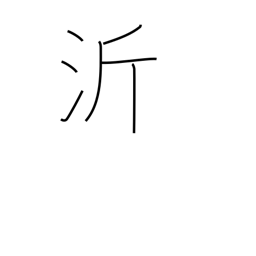
Meaning: name of a Chinese river